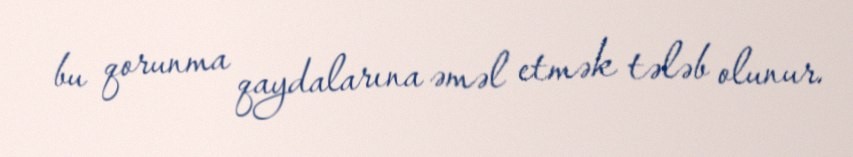
bu qorunma qaydalarına əməl etmək tələb olunur.